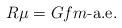
LaTeX: \begin{align*}R\mu=Gfm\mbox{-a.e.}\end{align*}